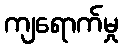
ကျရောက်မှု